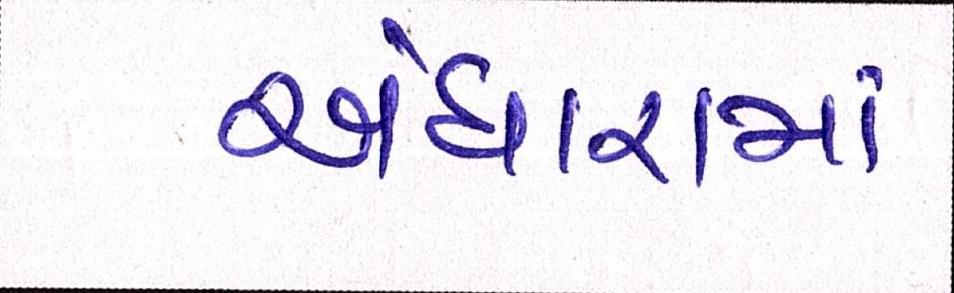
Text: અંધારામાં